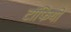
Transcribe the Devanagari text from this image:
टॉफियों